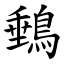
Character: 䳠